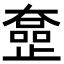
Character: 𡚍